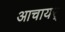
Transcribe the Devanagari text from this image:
आचायर्